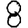
Digit: 8